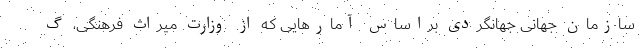
سازمان جهانی جهانگردی براساس آمارهایی که از وزارت میراث فرهنگی، گ